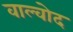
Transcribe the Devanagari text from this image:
वाल्वोद